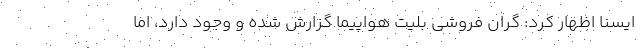
ایسنا اظهار کرد: گران فروشی بلیت هواپیما گزارش شده و وجود دارد، اما